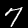
Label: 7